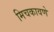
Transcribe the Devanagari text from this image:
मिचकावणे